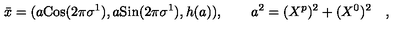
{ \bar { x } } = ( a \mathrm { C o s } ( 2 \pi \sigma ^ { 1 } ) , a \mathrm { S i n } ( 2 \pi \sigma ^ { 1 } ) , h ( a ) ) , \quad \quad a ^ { 2 } = ( X ^ { p } ) ^ { 2 } + ( X ^ { 0 } ) ^ { 2 } \quad ,